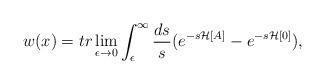
LaTeX: \begin{align*}w(x) = tr \lim_{\epsilon \to 0} \int_\epsilon ^\infty \frac{ds}{s} (e^{-s{\mathcal H}[A]}-e^{-s{\mathcal H}[0]}),\end{align*}